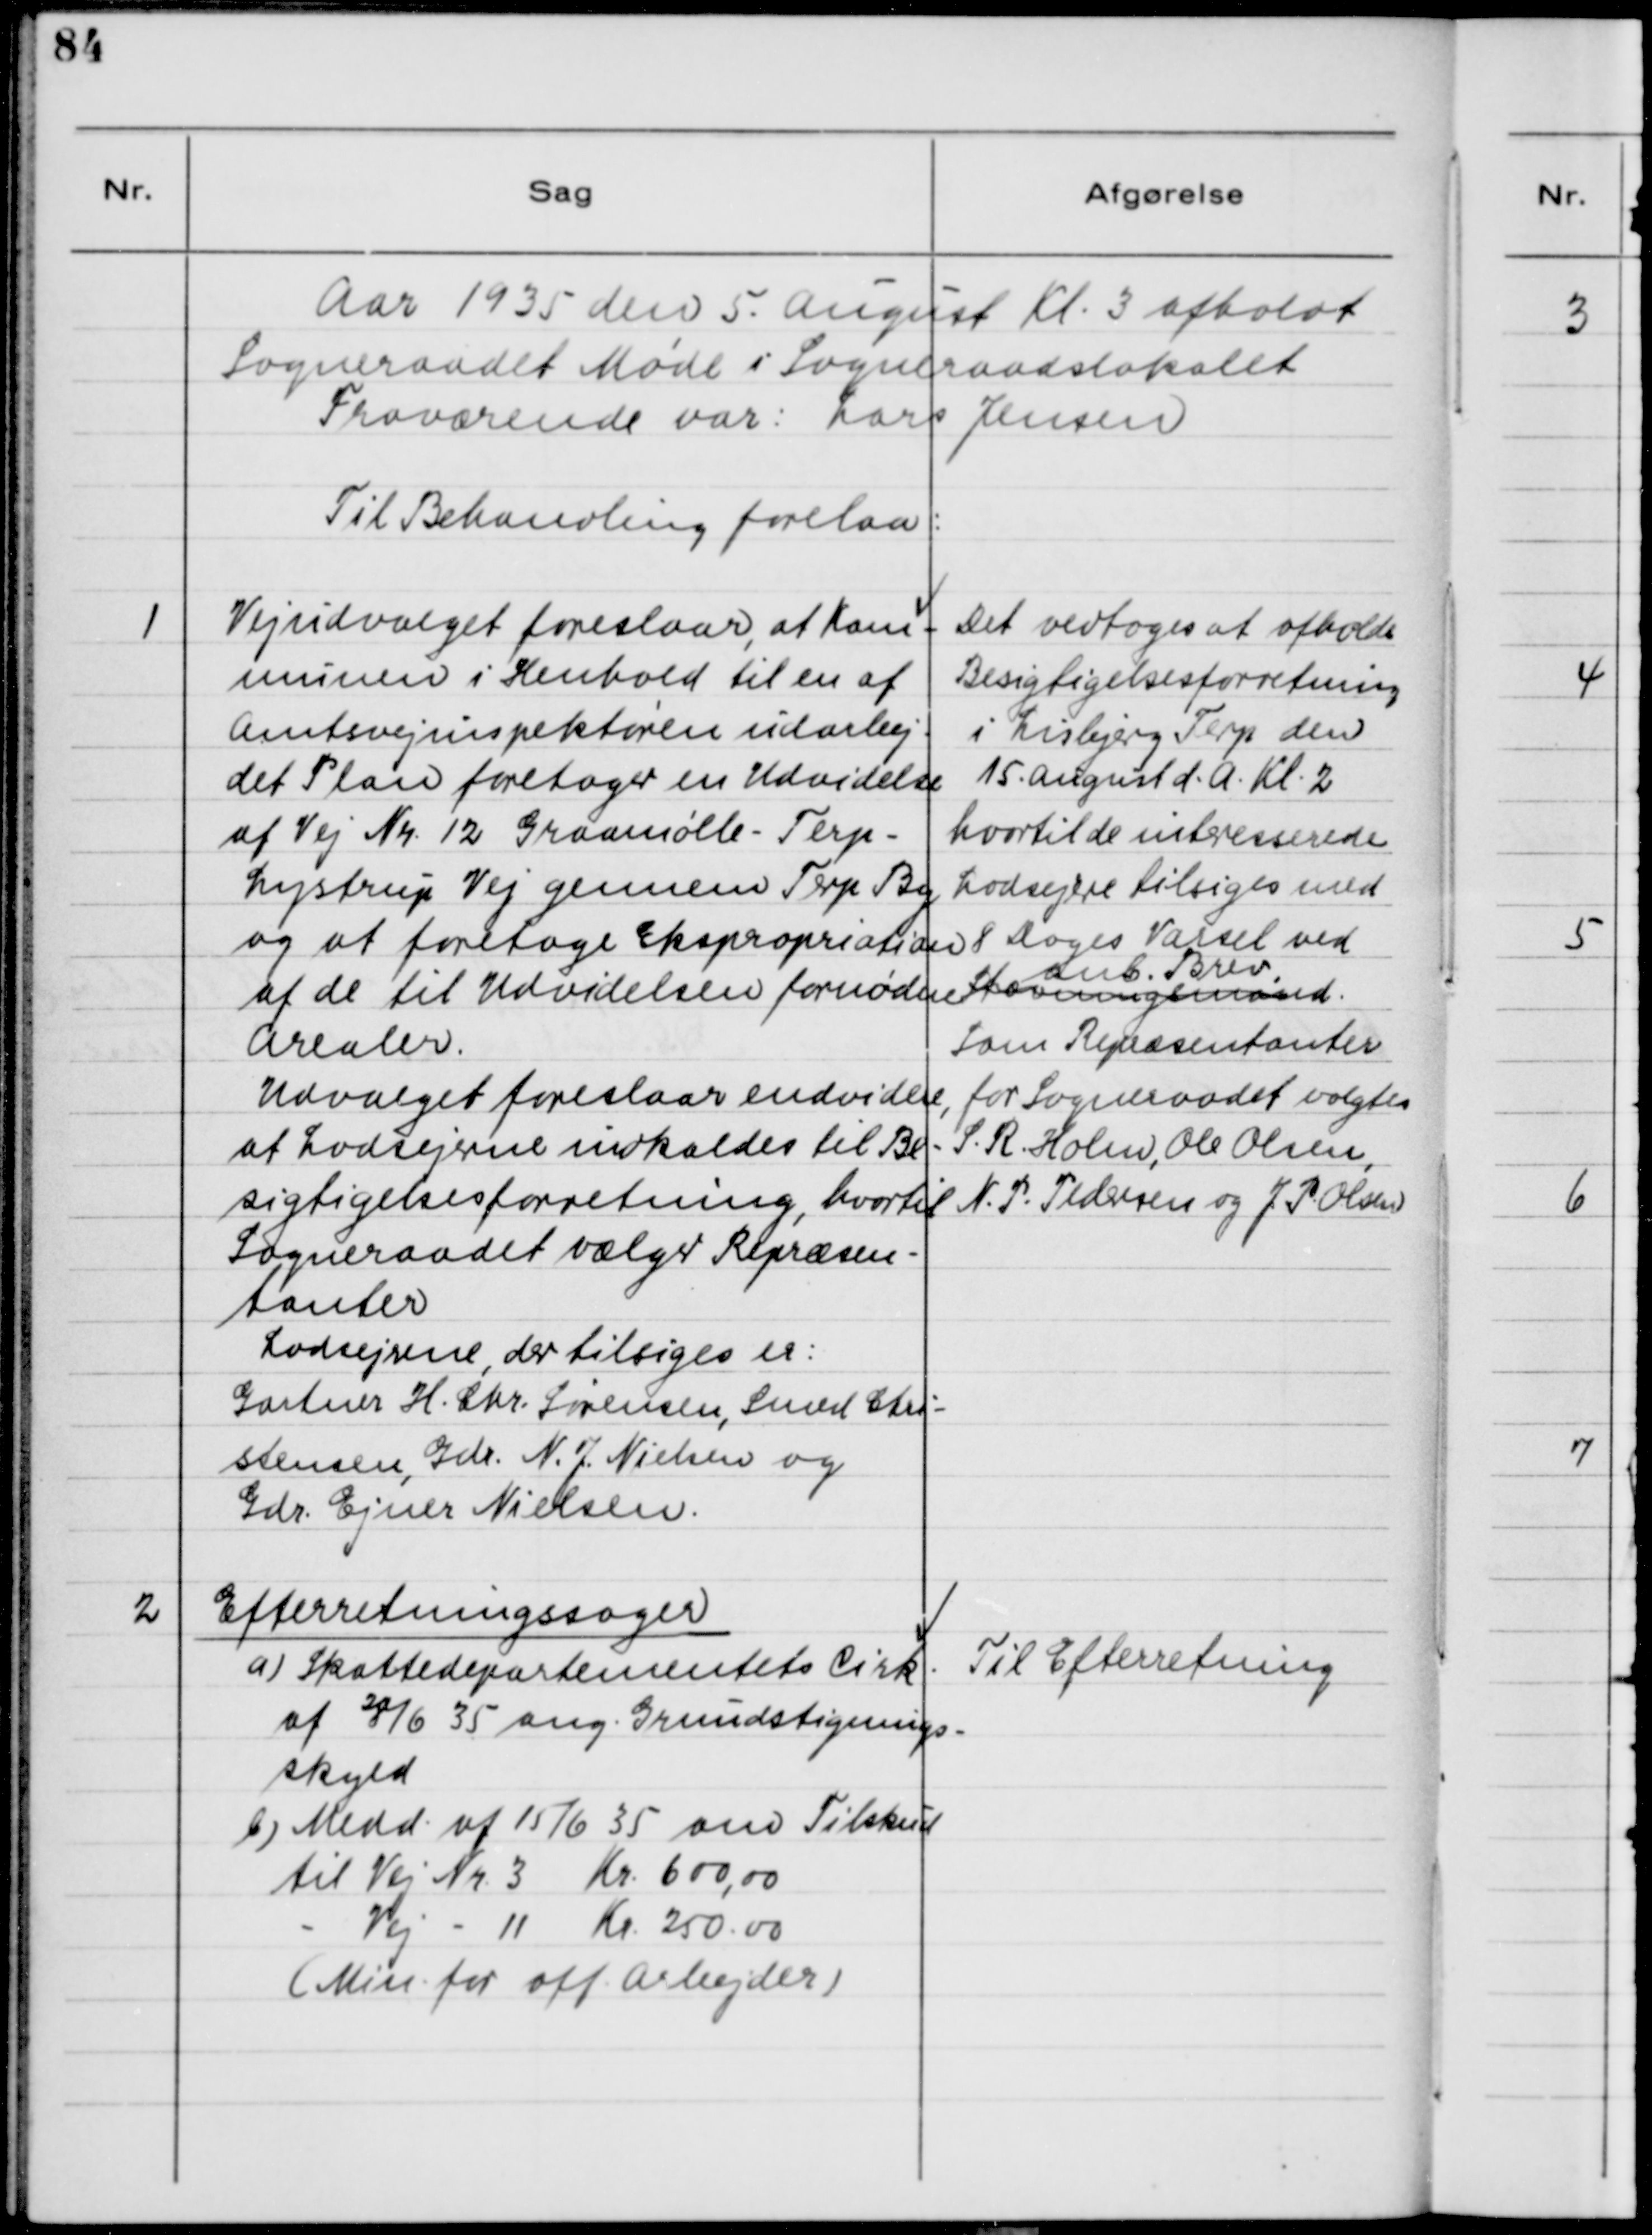
Transskription:
Aar 1935 den 5. August Kl. 3 afholdt
Sogneraadet Møde i Sogneraadslokalet.
Fraværende var: Lars Jensen
Til Behandling forelaa:

1

Vejudvalget foreslaar, at Kom-
munen i Henhold til en af 
Amtsvejinspektøren udarbej-
det Plan foretager en Udvidelse 
af Vej Nr. 12 Graamølle - Terp - 
Lystrup Vej gennem Terp By
og at foretage Ekspropriation 
af de til Udvidelsen fornødne 
Arealer. 
Udvalget foreslaar endvidere, 
at Lodsejerne indkaldes til Be-
sigtigelsesforretning, hvortil 
Sogneraadet vælger Repræsen-
tanter.
Lodejerne, der tilsiges er:
Gartner H. Chr. Sørensen, Smed Chri-
stensen, Gdr. N. J. Nielsen og
Gdr. Ejner Nielsen.

Det vedtoges at afholde
Besigtigelsesforretning
i Lisbjerg Terp den
15. August d.A. kl. 2
hvortil de interesserede
Lodsejere tilsiges med
8 dages Varsel ved
anb. Brev
Stævningsmødet
Som Repræsentanter
for Sogneraadet valgtes
S. R. Holm, Ole Olsen,
N. P. Pedersen og J. P. Olsen

2

Efterretningssager
a) Skattedepartementets Cirk.
af 28/6 35 ang. Grundstignings-
skyld
b) Medd. af 15/6 35 om Tilskud
til Vej Nr. 3 Kr. 600,00
- Vej - 11 Kr. 250,00
(Min. for off. Arbejder)

Til Efterretning